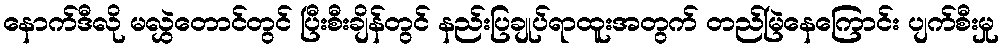
နောက်ဒီလို မလွှဲတောင်တွင် ပြီးစီးချိန်တွင် နည်းပြချုပ်ရာထူးအတွက် တည်မြဲနေကြောင်း ပျက်စီးမှု